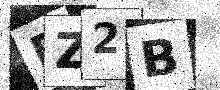
Text: DZ2B